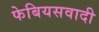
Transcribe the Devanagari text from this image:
फेबियसवादी